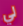
لي